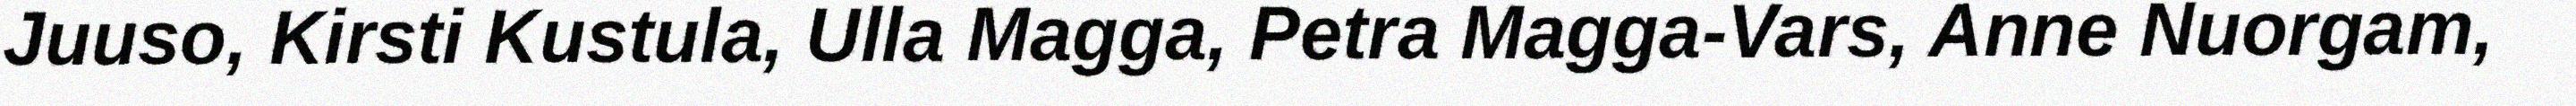
Juuso, Kirsti Kustula, Ulla Magga, Petra Magga-Vars, Anne Nuorgam,